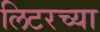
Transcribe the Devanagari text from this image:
लिटरच्या